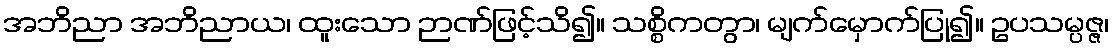
အဘိညာ အဘိညာယ၊ ထူးသော ဉာဏ်ဖြင့်သိ၍။ သစ္စိကတွာ၊ မျက်မှောက်ပြု၍။ ဥပသမ္ပဇ္ဇ၊